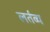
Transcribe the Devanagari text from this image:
लर्तव्य